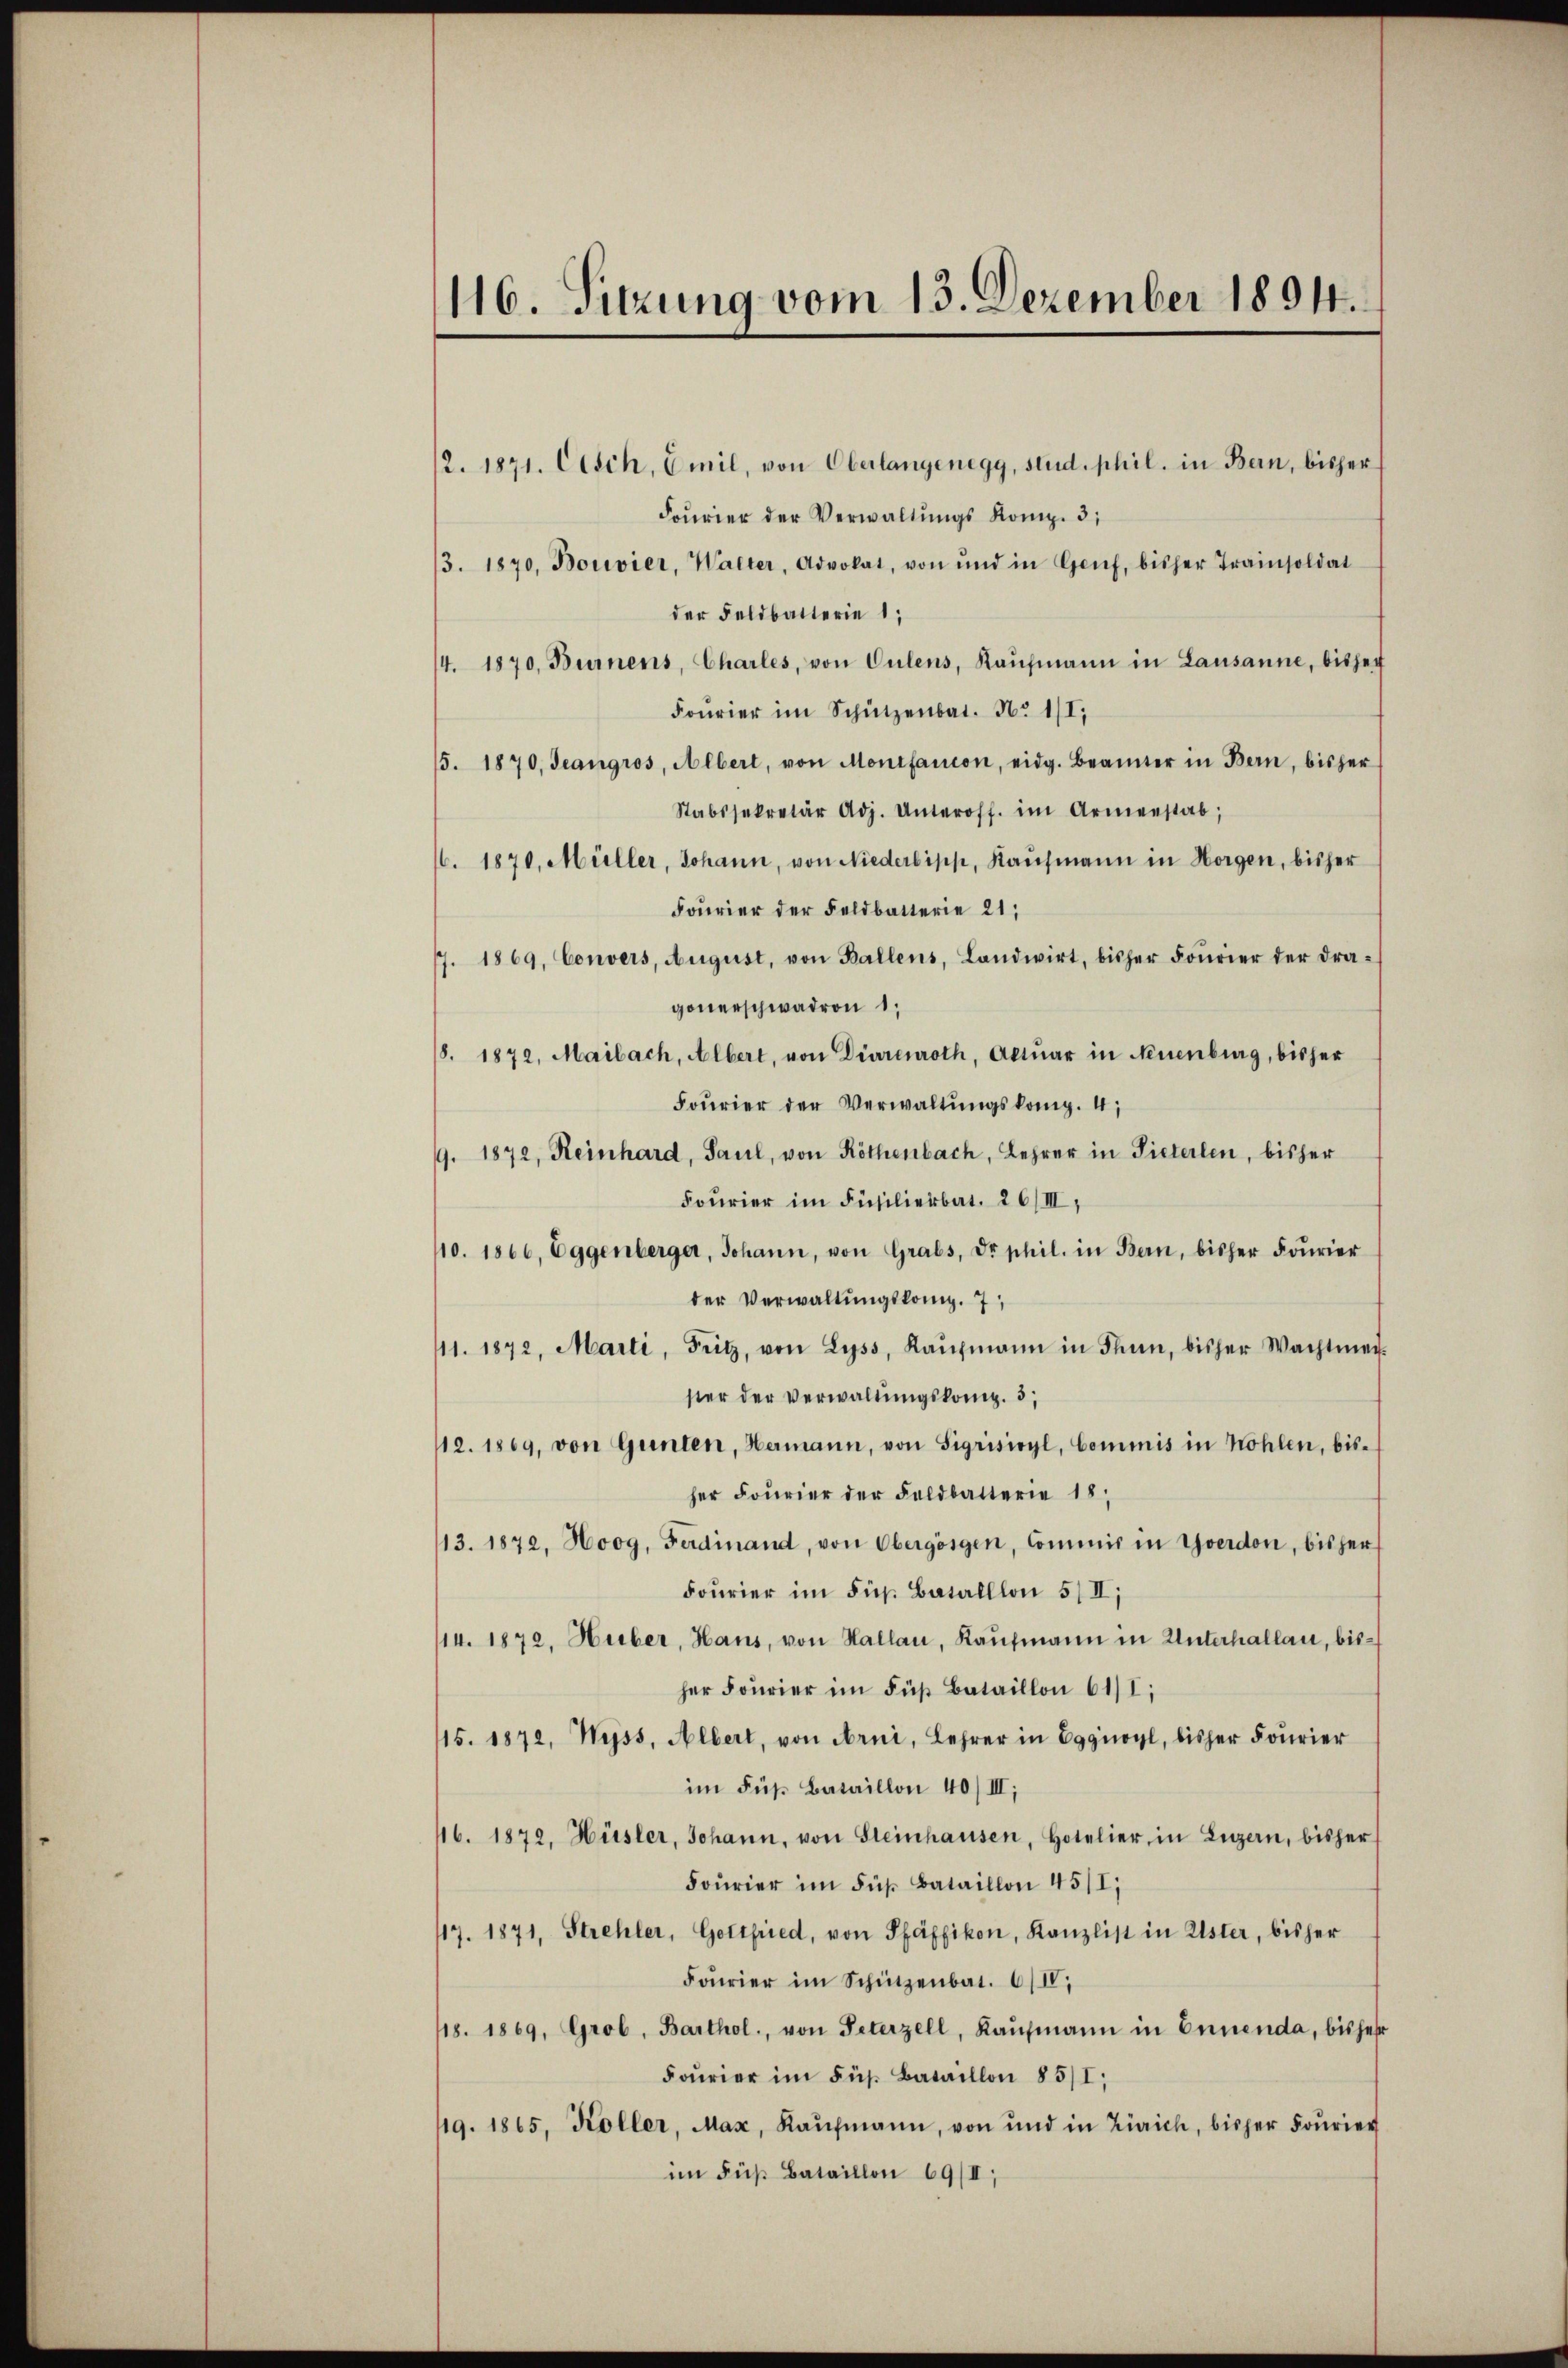
116. Sitzung vom 13. Dezember 1894.

2. 1871. Cesch, Emil, von Oberlangenegg, stud. phil. in Bern, bisher
Fourier der Verwaltungs Komp. 3;
3. 1870, Bouvier, Walter, Advokat, von und in Genf, bisher Trainsoldat
der Feldbatterie 1,
/4. 1870, Burnens, Charles, von Culens, Kaŭfmann in Lausanne, bishei
Fourier im Schützenbat. No 1/I,
15. 1870, Jeangros, Albert, von Monifanion, eidg. Beamter in Bern, bisher
Stabssekretär Adj. Unteroff. im Armenstab;
6. 1870, Müller, Johann, von Niederbipp, Kaufmann in Horgen, bisher
Fourier der Feldbatterie 21;
17. 1869, Convers, August, von Ballens, Landwirt, bisher Fourier der Dra-
gonerschwadron 1
/8. 1872, Maibach, Albert, von Diarrenroth, Actŭar in Neuenburg, bisher
Fourier der Verwaltŭngskomp. 4;
9. 1872, Reinhard, Paul, von Röthenbach, Lehrer in Pieterlen, bisher
Fourier im Füsilierbat. 26/III,
110. 1866, Eggenberger, Johann, von Grabs, dr phil. in Bern, bisher Fourier
der Verwaltungskomp. 7
41. 1872, Marti, Fritz, von Lyss, Kaŭfmann in Thun, bisher Wachtmat-
ster der Verwaltungskomp. 3;
12. 1869, von Gunten, Hermann, von Sigrisicyl, Commis in Kohlen, bis-
her Fourier der Feldbatterie 18
13. 1872. Hoog, Ferdinand, von Obergögen, Commis in Yverdon, bisher
Fourier im Fuß Bataillon 5/II;
14. 1872. Huber, Haus, von Hallau, Kaŭfmann in Unterhallan, bisher Fourier im Fuß Bataillon 61/I,
115. 1872, Weiss, Albert, von Arni, Lehrer in Egg, bisher Fourier
im Fuß Bataillon 40/III;
16. 1872, Hüsler, Johann, von Steinhausen, Hotelier in Luzern, bisher
Fourier im Fuß Bataillon 45/I,
69. 1871, Strehler, Gottfried, von Pfäffikon, Kanzlist in Uster, bisher
Fourier im Schützenbat. 6/II.
18. 1869, Grob, Barthol., von Peterzell, Kaŭfmann in Ennenda, bisherr
Fourier im Fuß Bataillon 85/I,
119. 1865, Koller, Max, Kaŭfmann, von und in Zürich, bisher Fourier
im Fuß Bataillon 69/II;